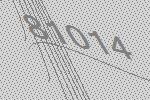
81014